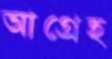
আগ্রেহ